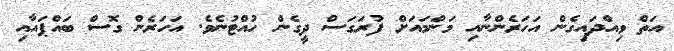
އަތް ވިއްދައިގެން އަހަރެންނާއި މަންމައަށް ފުރަގަސް ދީގެން ހުއްޓުނެވެ. އަހަރެން ގޮސް ބައްޕައާއި